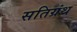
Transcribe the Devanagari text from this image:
सतिग्रंथ